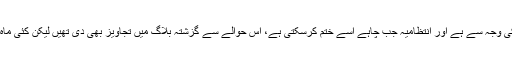
یہ بات اس لیے کہی جارہی ہے کہ یہ آلودگی درحقیقت انتظامی غفلت کی وجہ سے ہے اور انتظامیہ جب چاہے اسے ختم کرسکتی ہے، اس حوالے سے گزشتہ بلاگ میں تجاویز بھی دی تھیں لیکن کئی ماہ گزرنے کے باوجود حکام کی جانب سے کوئی عملی اقدام نظر نہیں آیا۔